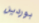
بوردين